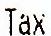
TAX